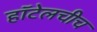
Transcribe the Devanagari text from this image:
हॉटेलचीच